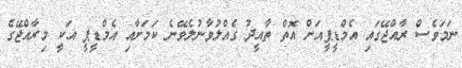
ނަމަވެސް ރާއްޖޭގައި އެމްޑީޕީއަށް އޮތް ތާއީދު ގެއްލުވާނުލެވޭނެ ކަމަށާއި އެމްޑީޕީ އަކީ މިރާއްޖޭގެ